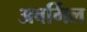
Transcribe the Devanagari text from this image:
अबर्गिल